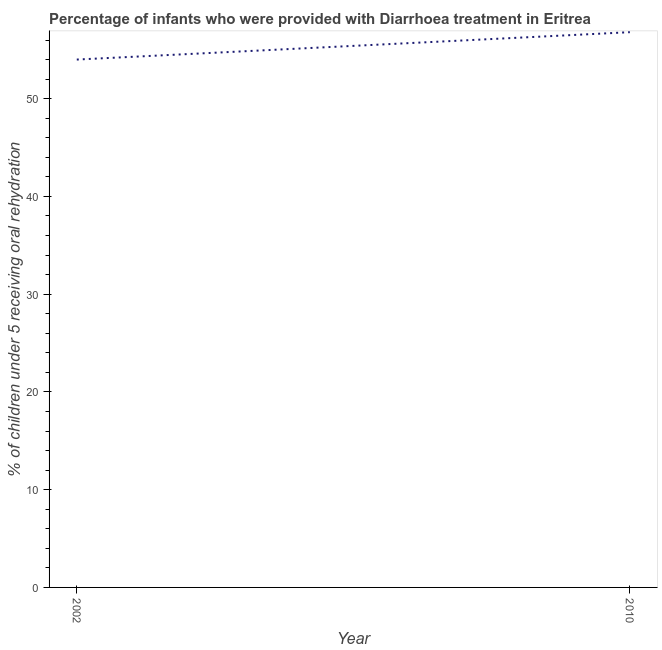
| Year | Diarrhea treatment |
 | --- | --- |
 | 2002 | 54 |
 | 2010 | 56.8 |